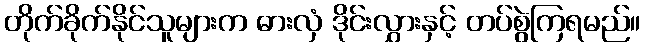
တိုက်ခိုက်နိုင်သူများက ဓားလှံ ဒိုင်းလွှားနှင့် တပ်စွဲကြရမည်။